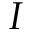
I